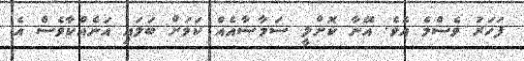
ފަހަރު ވެސްމެ އެވެ. އޭނާ ކޮށްލީ ސަމާސާއެއް ކަމަށް ބަލައި އަނެއްކާވެސް އެ